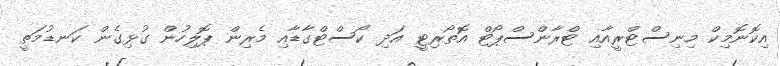
އިކޮނޮމިކް މިނިސްޓްރީއާއި ޓްރާންސްޕޯޓް އޮތޯރިޓީ އަދި ކޯސްޓްގާޑާއި މެރިން ޕޮލިހުން ގުޅިގެން ކަނޑުމަތީ